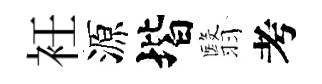
衽源堦翳考